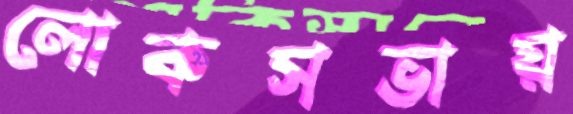
লোকসভায়